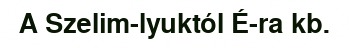
A Szelim-lyuktól É-ra kb.